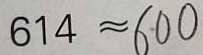
6 1 4 \approx 6 0 0